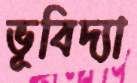
ভূবিদ্যা